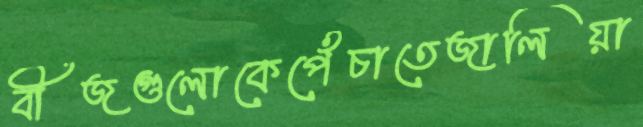
বীজগুলোকেপেঁচাতেজালিয়া